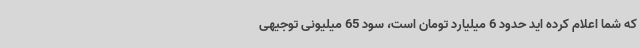
که شما اعلام کرده اید حدود 6 میلیارد تومان است، سود 65 میلیونی توجیهی